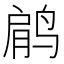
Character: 𱊋